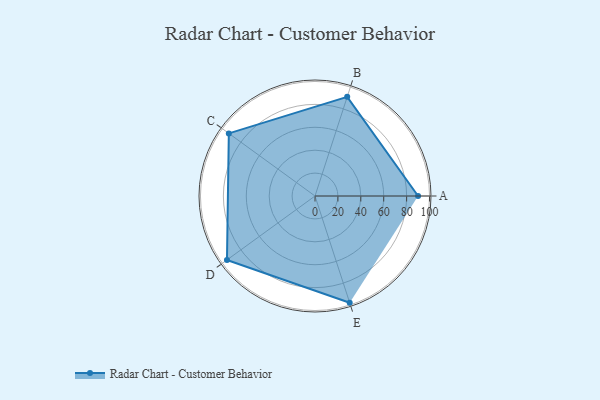
{"axis": {"x": "Skill", "y": "Score"}, "legend": ["Profile"], "data": [{"x": "A", "y": 90.0, "type": "Profile"}, {"x": "B", "y": 91.0, "type": "Profile"}, {"x": "C", "y": 93.0, "type": "Profile"}, {"x": "D", "y": 95.0, "type": "Profile"}, {"x": "E", "y": 98.0, "type": "Profile"}]}